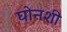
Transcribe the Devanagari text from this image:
घोनशी